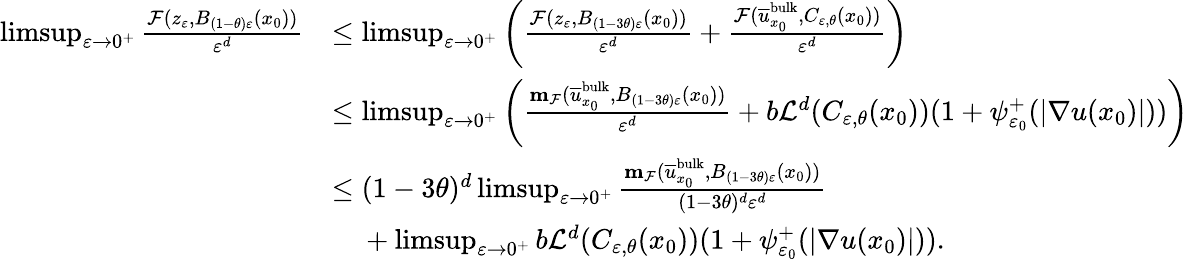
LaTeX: \begin{array}{rl}{\operatorname*{limsup}_{\varepsilon\to 0^{+}}\frac{\mathcal{F}(z_{\varepsilon},B_{(1-\theta)\varepsilon}(x_{0}))}{\varepsilon^{d}}}&{\leq\operatorname*{limsup}_{\varepsilon\to 0^{+}}\left(\frac{\mathcal{F}(z_{\varepsilon},B_{(1-3\theta)\varepsilon}(x_{0}))}{\varepsilon^{d}}+\frac{\mathcal{F}(\overline{{u}}_{x_{0}}^{\textnormal{bulk}},C_{\varepsilon,\theta}(x_{0}))}{\varepsilon^{d}}\right)}\\ &{\leq\operatorname*{limsup}_{\varepsilon\to 0^{+}}\left(\frac{\mathbf{m}_{\mathcal{F}}(\overline{{u}}_{x_{0}}^{\textnormal{bulk}},B_{(1-3\theta)\varepsilon}(x_{0}))}{\varepsilon^{d}}+b\mathcal{L}^{d}(C_{\varepsilon,\theta}(x_{0}))(1+\psi_{\varepsilon_{0}}^{+}(|\nabla u(x_{0})|))\right)}\\ &{\leq(1-3\theta)^{d}\operatorname*{limsup}_{\varepsilon\to 0^{+}}\frac{\mathbf{m}_{\mathcal{F}}(\overline{{u}}_{x_{0}}^{\textnormal{bulk}},B_{(1-3\theta)\varepsilon}(x_{0}))}{(1-3\theta)^{d}\varepsilon^{d}}}\\ &{\ \ \ \ +\operatorname*{limsup}_{\varepsilon\to 0^{+}}b\mathcal{L}^{d}(C_{\varepsilon,\theta}(x_{0}))(1+\psi_{\varepsilon_{0}}^{+}(|\nabla u(x_{0})|)).}\end{array}